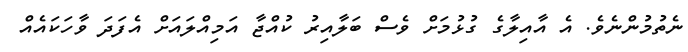
ނެތުމުންނެވެ. އެ އާއިލާގެ ގުޅުމަށް ވެސް ބަލާއިރު ކުއްޖާ އަމިއްލައަށް އެފަދަ ވާހަކައެއް